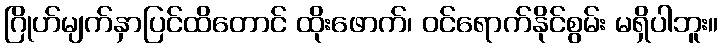
ဂြိုဟ်မျက်နှာပြင်ထိတောင် ထိုးဖောက်၊ ဝင်ရောက်နိုင်စွမ်း မရှိပါဘူး။